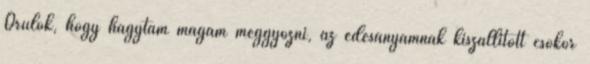
Örülök, hogy hagytam magam meggyőzni, az édesanyámnak kiszállított csokor